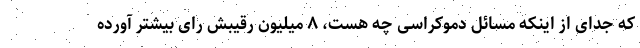
که جدای از اینکه مسائل دموکراسی چه هست، ۸ میلیون رقیبش رای بیشتر آورده